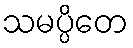
သမပ္ပိတေ